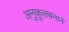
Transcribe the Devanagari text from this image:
अनुकूलबनाने